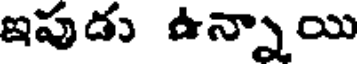
ఇపుడు ఉన్నాయి